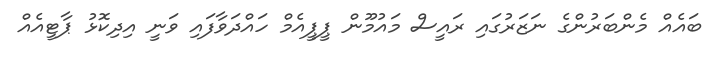
ބައެއް މެންބަރުންގެ ނަޒަރުގައި ރައީސް މައުމޫން ޕީޕީއެމް ހައްދަވާފައި ވަނީ އިދިކޮޅު ޕާޓީއެއް